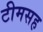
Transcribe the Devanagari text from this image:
टीमसह